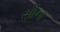
સૌના